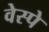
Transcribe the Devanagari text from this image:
वेस्पे